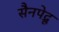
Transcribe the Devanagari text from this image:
सैनपेद्रू